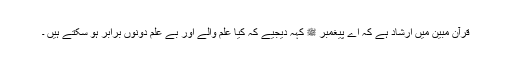
قرآن مبین میں ارشاد ہے کہ اے پیغمبر ﷺ کہہ دیجیے کہ کیا علم والے اور بے علم دونوں برابر ہو سکتے ہیں ۔